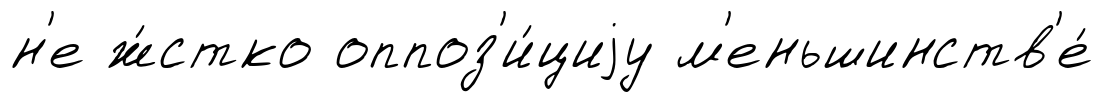
н'е ж́стко оппоз'и́циjу м'еньшинств'е́